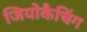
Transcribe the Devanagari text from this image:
जियोकैचिंग